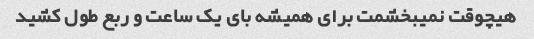
هیچوقت نمیبخشمت برای همیشه بای یک ساعت و ربع طول کشید